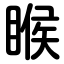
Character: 睺